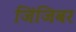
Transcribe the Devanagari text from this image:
जिंजिबर